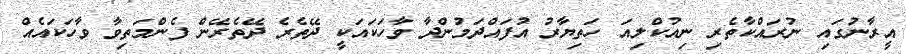
އީރާނުގައި ނުރައްކާތެރި ނިއުކްލިއަ ހަތިޔާރު އުފައްދަމުންދާ ވާހަކައަކީ ދޭތެރެ ދޭތެރޭން ފެންމަތިވާ ވާހަކައެއް